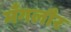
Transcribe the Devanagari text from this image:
मँगलौर